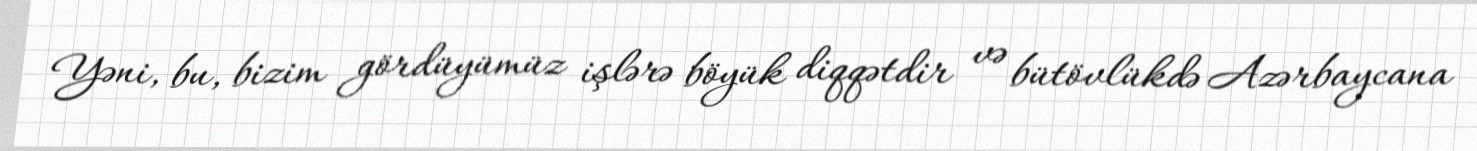
Yəni, bu, bizim gördüyümüz işlərə böyük diqqətdir və bütövlükdə Azərbaycana